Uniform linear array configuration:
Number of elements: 16
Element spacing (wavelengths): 1
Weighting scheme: uniform
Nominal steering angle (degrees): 30
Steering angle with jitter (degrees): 28.037
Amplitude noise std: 0.05
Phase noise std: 0.05

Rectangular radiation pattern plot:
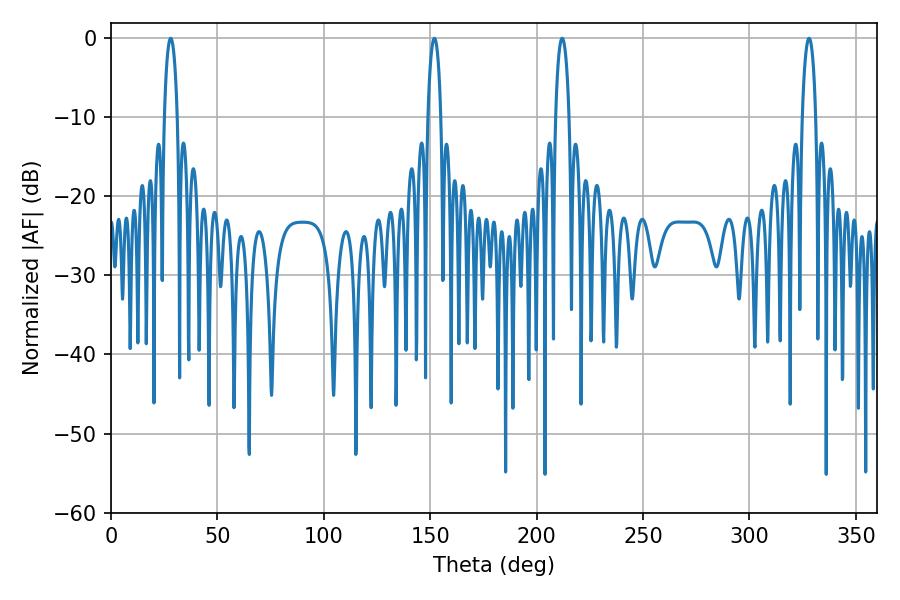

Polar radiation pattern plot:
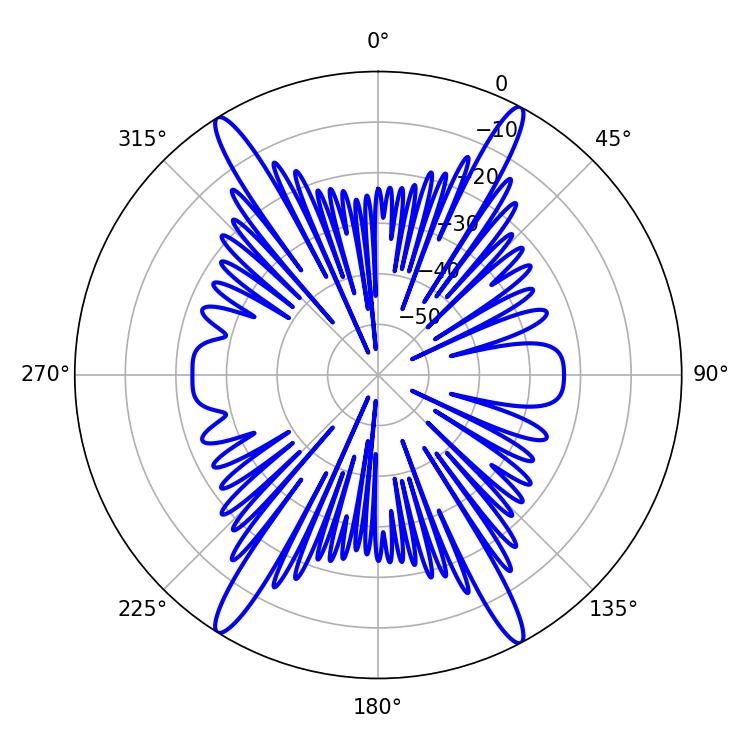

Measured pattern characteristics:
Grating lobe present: TRUE
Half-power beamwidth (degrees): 3.42
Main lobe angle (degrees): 28.08